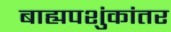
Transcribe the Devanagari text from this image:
बाह्यपशुंकांतर